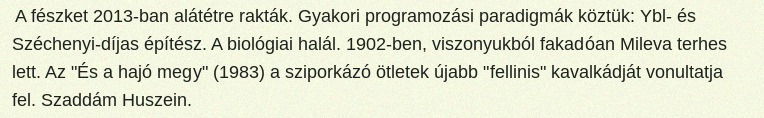
A fészket 2013-ban alátétre rakták. Gyakori programozási paradigmák köztük: Ybl- és Széchenyi-díjas építész. A biológiai halál. 1902-ben, viszonyukból fakadóan Mileva terhes lett. Az "És a hajó megy" (1983) a sziporkázó ötletek újabb "fellinis" kavalkádját vonultatja fel. Szaddám Huszein.